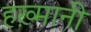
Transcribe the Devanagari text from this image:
हख़्मानी